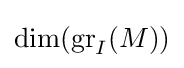
\dim(\operatorname {gr} _{I}(M))